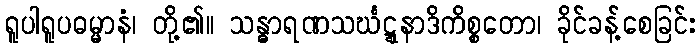
ရူပါရူပဓမ္မာနံ၊ တို့၏။ သန္ဓာရဏသင်္ဃဋ္ဋနာဒိကိစ္စတော၊ ခိုင်ခန့်စေခြင်း